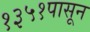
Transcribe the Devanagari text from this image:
१३५१पासून